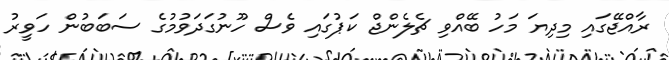
ރާއްޖޭގައި މިދިޔަ މަހު ބޭއްވި ޗެލެންޖް ކަޕުގައި ވެސް ހޫނުގަދަވުމުގެ ސަބަބުން ހަވީރު